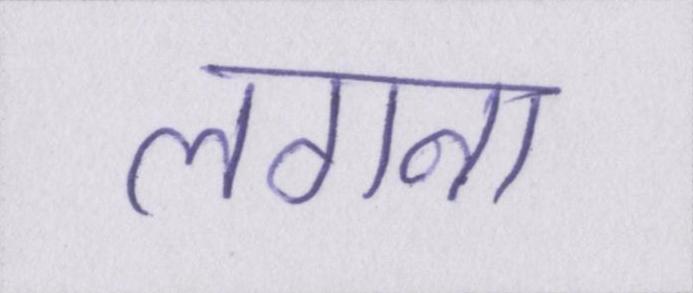
लगना